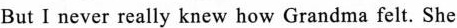
But I never really knew how Grandma felt. She